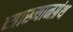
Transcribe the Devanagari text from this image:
व्याख्यानग्रंथ